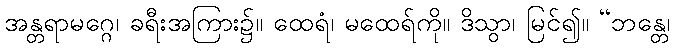
အန္တရာမဂ္ဂေ၊ ခရီးအကြား၌။ ထေရံ၊ မထေရ်ကို။ ဒိသွာ၊ မြင်၍။ “ဘန္တေ၊